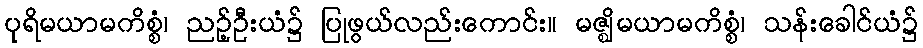
ပုရိမယာမကိစ္စံ၊ ညဉ့်ဦးယံ၌ ပြုဖွယ်လည်းကောင်း။ မဇ္ဈိမယာမကိစ္စံ၊ သန်းခေါင်ယံ၌